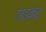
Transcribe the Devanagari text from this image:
गाढकर